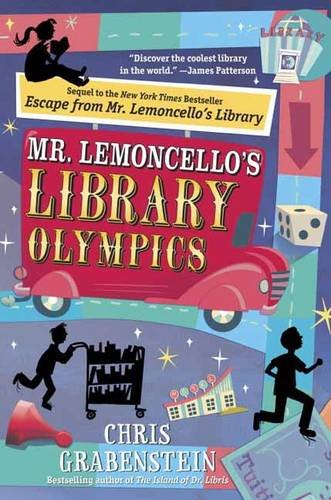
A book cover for Mr. Lemoncello's Library Olympics; Chris Grabenstein; Children's Books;